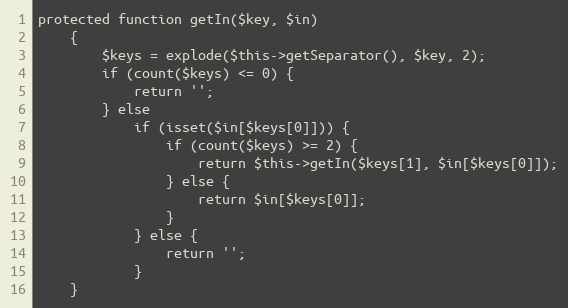
Language: PHP
protected function getIn($key, $in)
    {
        $keys = explode($this->getSeparator(), $key, 2);
        if (count($keys) <= 0) {
            return '';
        } else
            if (isset($in[$keys[0]])) {
                if (count($keys) >= 2) {
                    return $this->getIn($keys[1], $in[$keys[0]]);
                } else {
                    return $in[$keys[0]];
                }
            } else {
                return '';
            }
    }